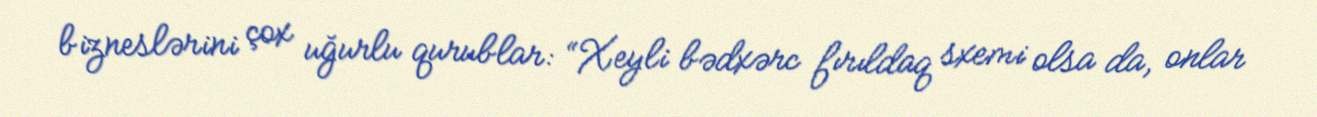
bizneslərini çox uğurlu qurublar: “Xeyli bədxərc fırıldaq sxemi olsa da, onlar